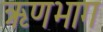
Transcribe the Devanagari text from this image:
ऋणभाग